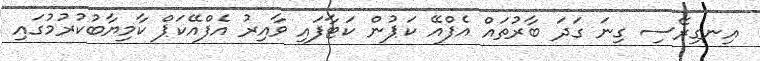
އިނގިރޭސި ގިނަ ގަދަ ބާރުތައް އެފްއޭ ކަޕުން ކަޓާފައި ވާއިރު އެފްއޭކަޕް ކާމިޔާބުކުރުމުގައި